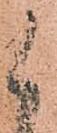
被